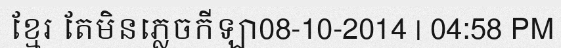
ខ្មែរ តែមិនភ្លេចកីឡា08-10-2014 | 04:58 PM